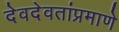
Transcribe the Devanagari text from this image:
देवदेवतांप्रमाणे